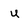
Character: u